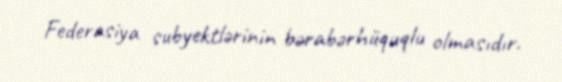
Federasiya subyektlәrinin bәrabәrhüquqlu olmasıdır.